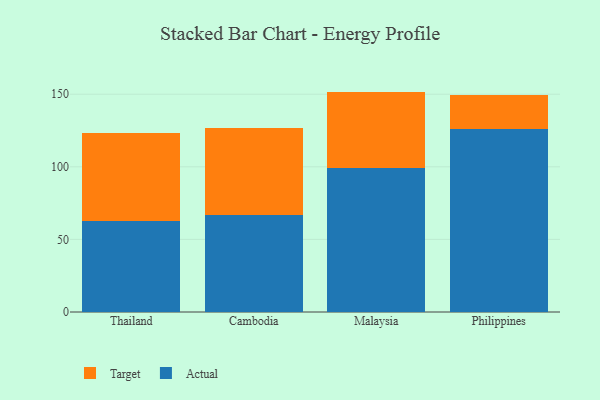
{"axis": {"x": "Country", "y": "Operating Costs (USD K)"}, "legend": ["Actual", "Target"], "data": [{"x": "Thailand", "y": 62.6, "type": "Actual"}, {"x": "Thailand", "y": 60.5, "type": "Target"}, {"x": "Cambodia", "y": 66.5, "type": "Actual"}, {"x": "Cambodia", "y": 60.5, "type": "Target"}, {"x": "Malaysia", "y": 99.3, "type": "Actual"}, {"x": "Malaysia", "y": 52.5, "type": "Target"}, {"x": "Philippines", "y": 126.2, "type": "Actual"}, {"x": "Philippines", "y": 23.3, "type": "Target"}]}